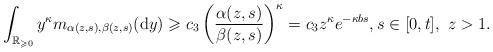
LaTeX: \begin{align*}\int_{\mathbb{R}_{\geqslant0}}y^{\kappa}m_{\alpha(z,s),\beta(z,s)}(\mathrm{d}y)\geqslant c_{3}\left(\frac{\alpha(z,s)}{\beta(z,s)}\right)^{\kappa}=c_{3}z^{\kappa}e^{-\kappa bs},s\in[0,t],\ z>1.\end{align*}